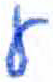
אות: ע